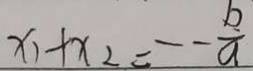
x _ { 1 } + x _ { 2 } = - \frac { b } { a }